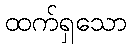
ထက်ရှသော